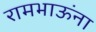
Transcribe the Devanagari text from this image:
रामभाऊंना